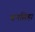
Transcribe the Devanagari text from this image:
बनसिहा